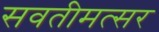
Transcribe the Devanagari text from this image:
सवतीमत्सर